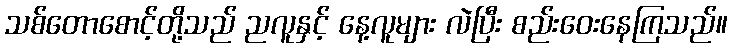
သစ်တောစောင့်တို့သည် ညလူနှင့် နေ့လူများ လဲပြီး စည်းဝေးနေကြသည်။